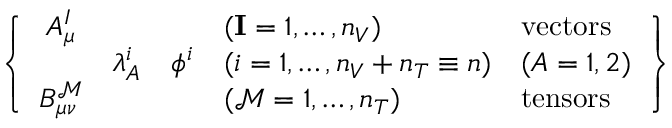
\left\{ \begin{array} { c c c l l } { { A _ { \mu } ^ { I } } } & { { \null } } & { { \null } } & { { ( \mathbf { I } = 1 , \dots , n _ { V } ) } } & { { \mathrm { v e c t o r s } } } \\ { { \null } } & { { \lambda _ { A } ^ { i } } } & { { \phi ^ { i } } } & { { ( i = 1 , \dots , n _ { V } + n _ { T } \equiv n ) } } & { { ( A = 1 , 2 ) } } \\ { { B _ { \mu \nu } ^ { \mathcal { M } } } } & { { \null } } & { { \null } } & { { ( \mathcal { M } = 1 , \dots , n _ { T } ) } } & { { \mathrm { t e n s o r s } \ } } \end{array} \right\}